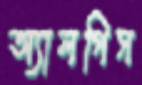
অ্যালগিস